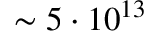
\sim 5 \cdot 1 0 ^ { 1 3 }